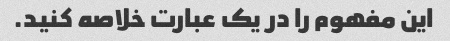
این مفهوم را در یک عبارت خلاصه کنید.